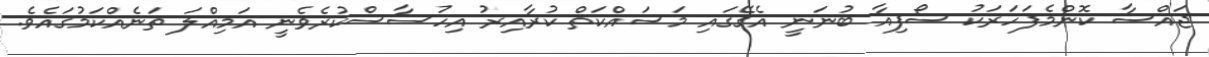
ޖައްސާ ކޮންމެފަހަރަކު ސޯފިއާ ބުނަނީ އެގޭގައި މަސައްކަތް ކުރާއިރު އިހުސާސްކުރެވެނީ އަމިއްލަ ތަނެއްކަމުގައެވެ.